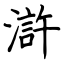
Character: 滸